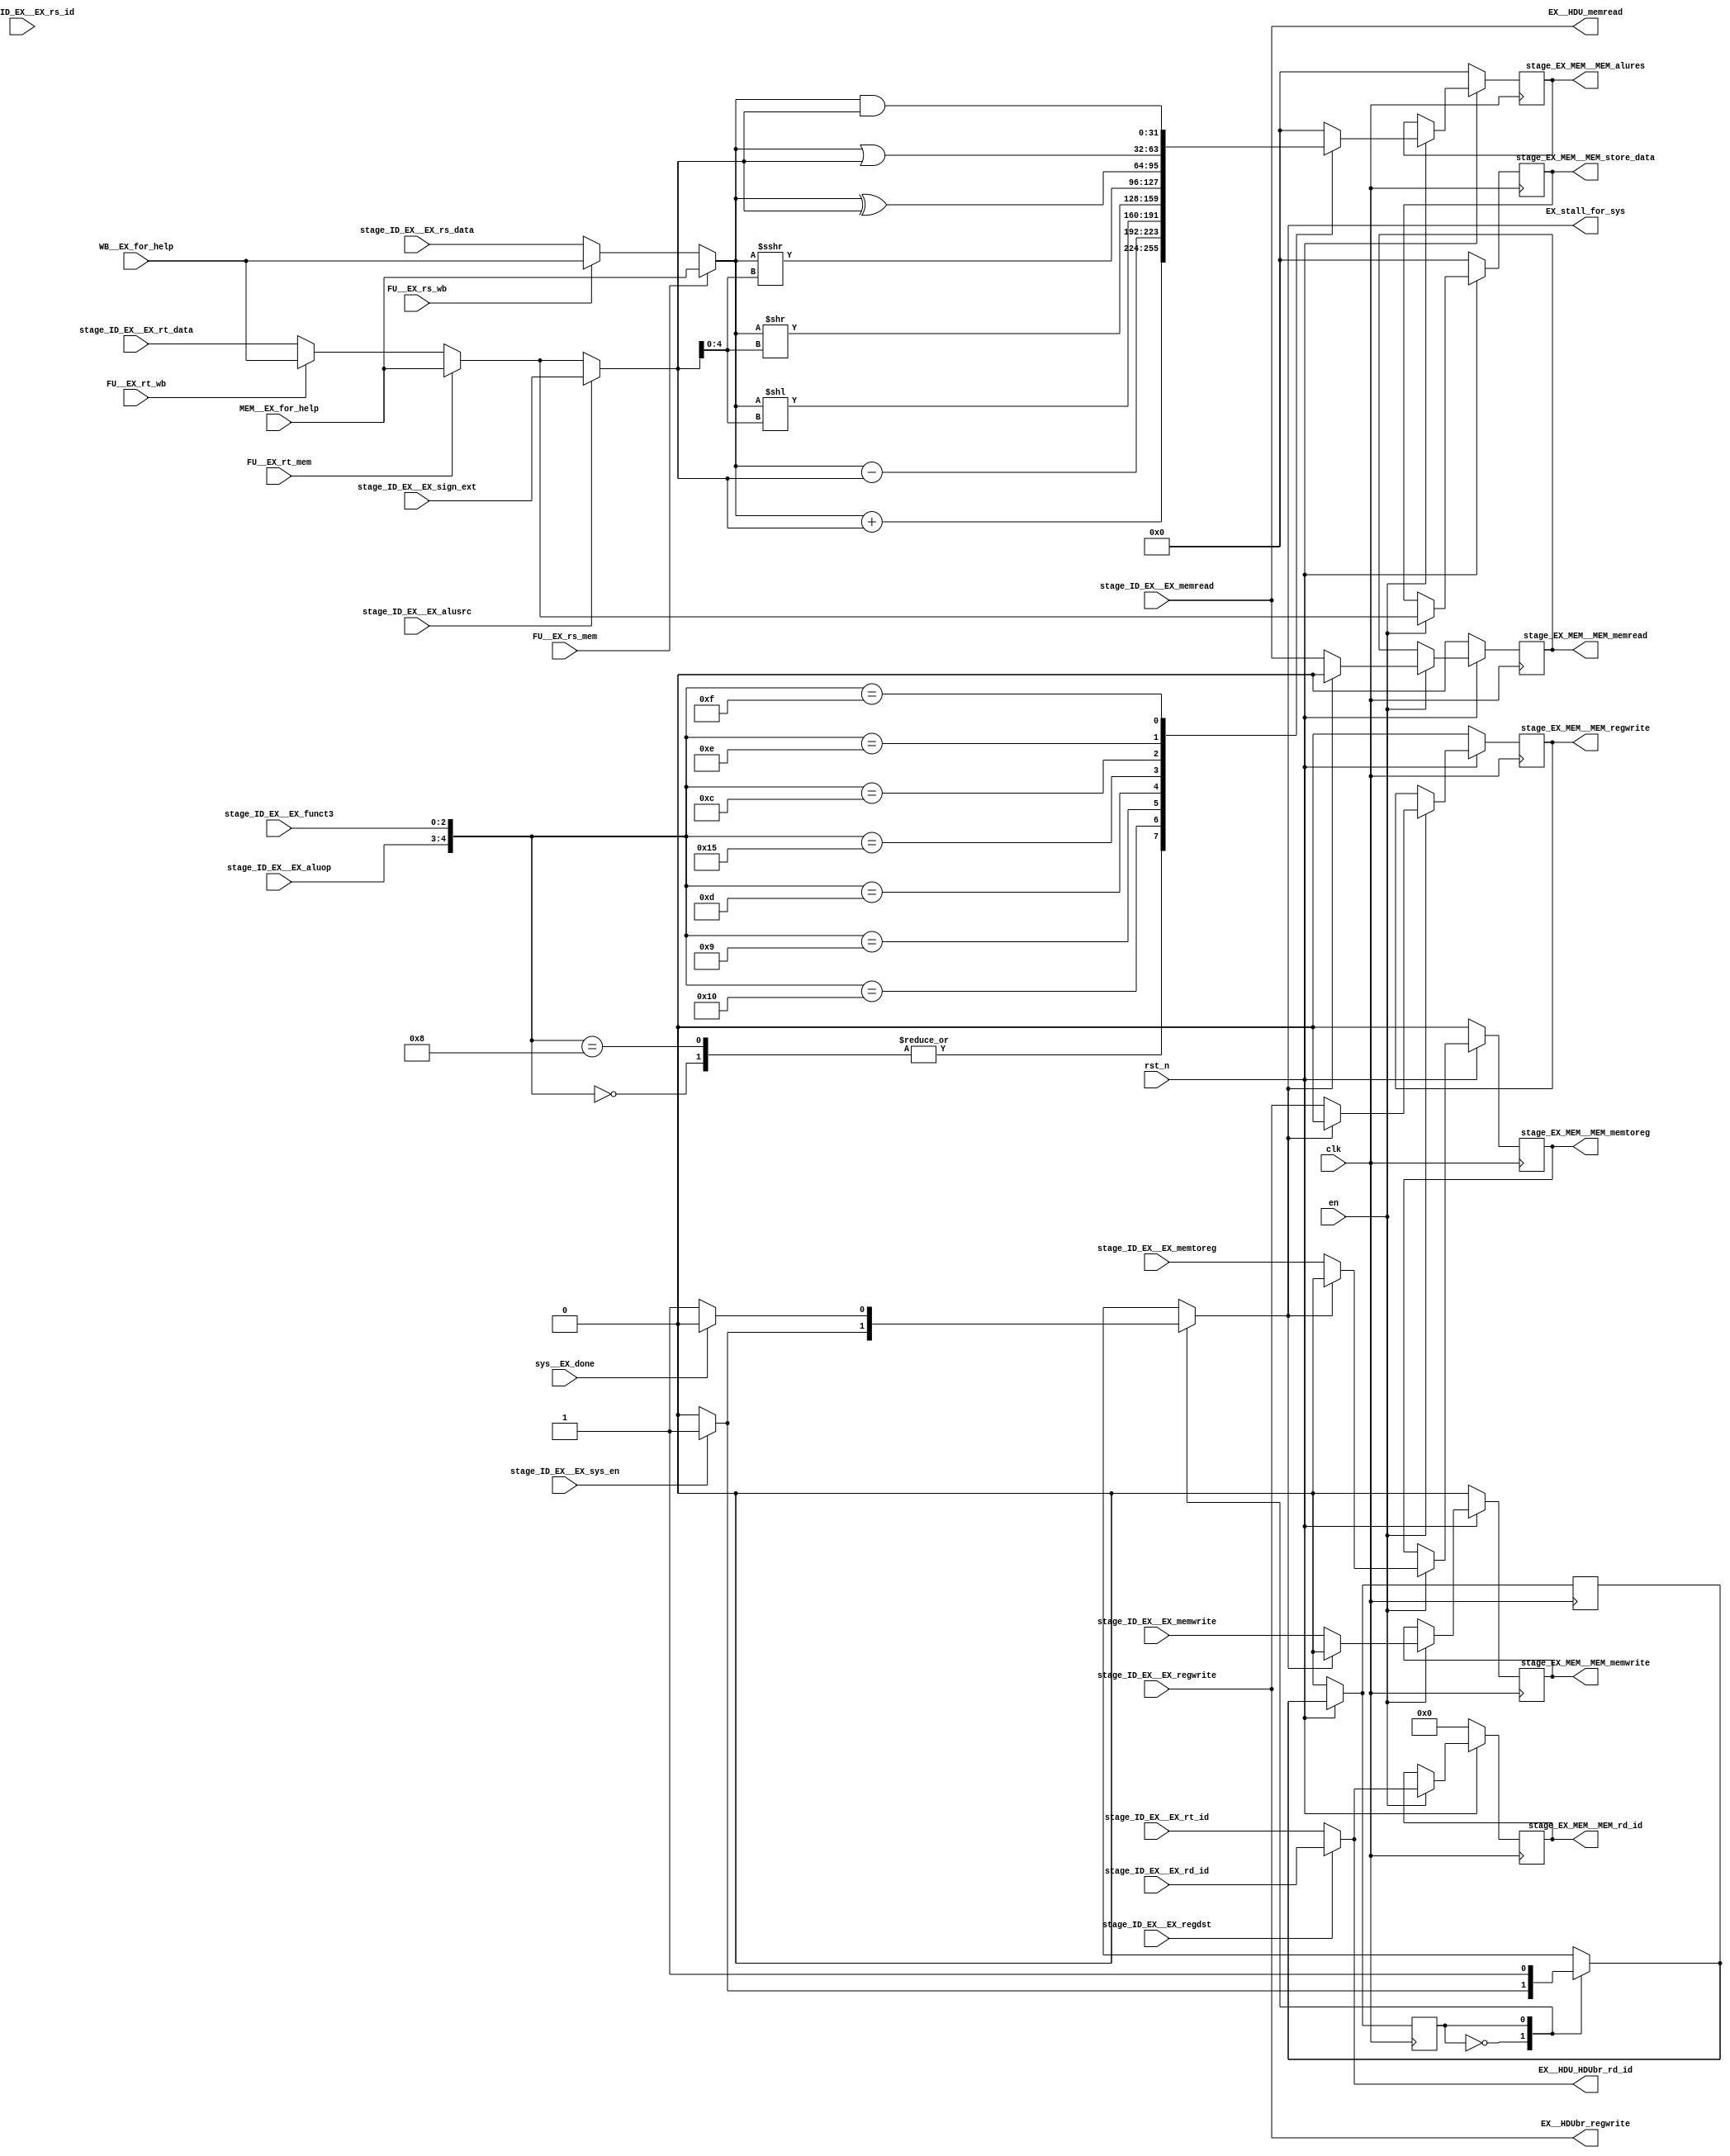
module EX (
    input clk,
    input rst_n,
    input en,
    input stage_ID_EX__EX_regwrite,
    input stage_ID_EX__EX_memtoreg,
    input stage_ID_EX__EX_memread,
    input stage_ID_EX__EX_memwrite,
    input stage_ID_EX__EX_alusrc,
    input [1:0] stage_ID_EX__EX_aluop,
    input stage_ID_EX__EX_regdst,
    input stage_ID_EX__EX_sys_en,
    input [31:0]stage_ID_EX__EX_rs_data,
    input [31:0]stage_ID_EX__EX_rt_data,
    input [4:0]stage_ID_EX__EX_rs_id,
    input [4:0]stage_ID_EX__EX_rt_id,
    input [4:0]stage_ID_EX__EX_rd_id,
    input [31:0]stage_ID_EX__EX_sign_ext,
    input [2:0]stage_ID_EX__EX_funct3,
    input sys__EX_done,
    output reg stage_EX_MEM__MEM_regwrite,
    output reg stage_EX_MEM__MEM_memtoreg,
    output reg stage_EX_MEM__MEM_memread,
    output reg stage_EX_MEM__MEM_memwrite,
    output reg [31:0] stage_EX_MEM__MEM_alures,
    output reg [31:0] stage_EX_MEM__MEM_store_data,
    output reg [4:0]  stage_EX_MEM__MEM_rd_id,
    
    output EX__HDUbr_regwrite,
    output EX__HDU_memread,
    output [4:0] EX__HDU_HDUbr_rd_id,
    output reg  EX_stall_for_sys,

    input  FU__EX_rs_wb,
    input  FU__EX_rs_mem,
    input  FU__EX_rt_wb,
    input  FU__EX_rt_mem,
    input [31:0]  WB__EX_for_help,
    input [31:0]  MEM__EX_for_help

);

localparam S0 = 0; // Going into stall if sys_en high
localparam S1 = 1; // Stall remains high in this state

wire [31:0] FMP1_out_rs;
wire [31:0] FMP1_out_rt;
wire [31:0] FMP2_out_rs;
wire [31:0] FMP2_out_rt;

wire [31:0] alu_in_rs;
wire [31:0] alu_in_rt;

reg  [31:0] alu_res;

assign FMP1_out_rs = (FU__EX_rs_wb)?WB__EX_for_help:stage_ID_EX__EX_rs_data;
assign FMP1_out_rt = (FU__EX_rt_wb)?WB__EX_for_help:stage_ID_EX__EX_rt_data;
assign FMP2_out_rs = (FU__EX_rs_mem)?MEM__EX_for_help:FMP1_out_rs;
assign FMP2_out_rt = (FU__EX_rt_mem)?MEM__EX_for_help:FMP1_out_rt;

assign alu_in_rs = FMP2_out_rs;
assign alu_in_rt = (stage_ID_EX__EX_alusrc)?stage_ID_EX__EX_sign_ext:FMP2_out_rt;


always@* begin
    case ({stage_ID_EX__EX_aluop,stage_ID_EX__EX_funct3})
        5'b00000: alu_res = alu_in_rs+alu_in_rt;
        5'b01000: alu_res = alu_in_rs+alu_in_rt;
        5'b10000: alu_res = alu_in_rs-alu_in_rt;
        5'b01001: alu_res = alu_in_rs<<alu_in_rt[4:0];
        5'b01101: alu_res = alu_in_rs>>alu_in_rt[4:0];
        5'b10101: alu_res = alu_in_rs>>>alu_in_rt[4:0];
        5'b01100: alu_res = alu_in_rs^alu_in_rt;
        5'b01110: alu_res = alu_in_rs|alu_in_rt;
        5'b01111: alu_res = alu_in_rs&alu_in_rt;
        default: alu_res = 32'b0;  //Could be X but don't wanna take risk on added bugs in silicon
    endcase
end

//Stall Logic for sys

reg curr_state , next_state;
always@(posedge clk) begin
    if (!rst_n) begin
        curr_state <= 0;
        next_state <= 0;
    end
    else begin
        curr_state <= next_state;
    end
end

always@* begin
    next_state = curr_state;
    EX_stall_for_sys = 0;
    case(curr_state) 
        S0: begin
                if (stage_ID_EX__EX_sys_en) begin
                    next_state = S1;
                    EX_stall_for_sys = 1;
                end
        end
        S1: begin
                if(!sys__EX_done)
                    EX_stall_for_sys = 1;
                else begin
                    EX_stall_for_sys = 0;
                    next_state = curr_state;
                end
        end
    endcase
end


// EX/MEM Stage Register

always@(posedge clk) begin
    if(!rst_n) begin
        stage_EX_MEM__MEM_regwrite <= 0;
        stage_EX_MEM__MEM_memtoreg <= 0;
        stage_EX_MEM__MEM_memread <= 0;
        stage_EX_MEM__MEM_memwrite <= 0;
        stage_EX_MEM__MEM_alures <= 0;
        stage_EX_MEM__MEM_store_data <= 0;
        stage_EX_MEM__MEM_rd_id <= 0;
    end
    else begin
        if(en) begin
            stage_EX_MEM__MEM_regwrite <= EX_stall_for_sys?0:stage_ID_EX__EX_regwrite;
            stage_EX_MEM__MEM_memtoreg <= EX_stall_for_sys?0:stage_ID_EX__EX_memtoreg;
            stage_EX_MEM__MEM_memread  <= EX_stall_for_sys?0:stage_ID_EX__EX_memread;
            stage_EX_MEM__MEM_memwrite <= EX_stall_for_sys?0:stage_ID_EX__EX_memwrite;
            stage_EX_MEM__MEM_alures   <= alu_res;
            stage_EX_MEM__MEM_store_data <= FMP2_out_rt;
            stage_EX_MEM__MEM_rd_id      <= stage_ID_EX__EX_regdst?stage_ID_EX__EX_rd_id:stage_ID_EX__EX_rt_id; 
        end
    end
end

// Signals to HDU and HDU_Br

assign EX__HDU_HDUbr_rd_id = stage_ID_EX__EX_regdst?stage_ID_EX__EX_rd_id:stage_ID_EX__EX_rt_id;
assign EX__HDU_memread = stage_ID_EX__EX_memread;
assign EX__HDUbr_regwrite = stage_ID_EX__EX_regwrite;

endmodule